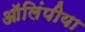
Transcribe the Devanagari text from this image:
ऑलिंपीया